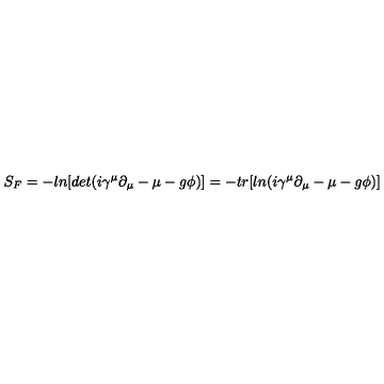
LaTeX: S _ { F } = - l n [ d e t ( i \gamma ^ { \mu } \partial _ { \mu } - \mu - g \phi ) ] = - t r [ l n ( i \gamma ^ { \mu } \partial _ { \mu } - \mu - g \phi ) ]